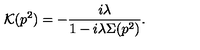
{ \cal K } ( p ^ { 2 } ) = - \frac { i \lambda } { 1 - i \lambda \Sigma ( p ^ { 2 } ) } .